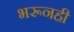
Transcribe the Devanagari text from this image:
भरूनही